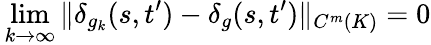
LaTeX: \, \operatorname*{lim}_{k\to\infty}\| \delta_{g_{k}}(s,t^{\prime})-\delta_{g}(s,t^{\prime})\| _{C^{m}(K)}=0